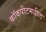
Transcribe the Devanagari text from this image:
कॉकपीटमधील